system: You are a helpful assistant.
user:
Analyze the provided spectrum to determine if it is a **White Dwarf (WD)**.

A White Dwarf spectrum is defined by its **extreme purity** (due to gravitational settling) and/or **extreme pressure broadening** (due to high surface gravity). You must check for one of the following mutually exclusive signatures:

- **Key Visual Indicators (Check for ONE of these types):**

    - **1. DA-Type Signature (Most Common):**
        - **(Primary Feature):** Extreme pressure broadening (Stark broadening) of the **Hydrogen (H) Balmer lines**.
        - **(Key Lines):** $H\beta$ (approx. $4861$ Å) and $H\gamma$ (approx. $4340$ Å). $H\alpha$ (approx. $6563$ Å) will also be present if the wavelength range covers it.
        - **(Line Profile):** This is the **defining feature**. The lines are **NOT** sharp. They appear as massive, **extremely broad and deep "troughs" or "dips"** in the spectrum, often hundreds of Ångströms wide. The continuum will appear to "scoop" down at these wavelengths.
        - **(Distinction):** Normal A-type or B-type stars have *narrow* and *sharp* Hydrogen lines. A DA White Dwarf's lines are unmistakably "smeared" or "blurry" from pressure.

    - **2. DB-Type Signature:**
        - **(Primary Feature):** Broad absorption lines from **Neutral Helium (He I)**. The spectrum must lack any visible Hydrogen lines.
        - **(Key Lines):** Look for broad absorption near $4471$ Å, $4921$ Å, and $5876$ Å.
        - **(Line Profile):** These lines are also significantly pressure-broadened, appearing much wider than they would in a normal B-type main-sequence star.

    - **3. DC-Type Signature:**
        - **(Primary Feature):** A **featureless continuous spectrum**.
        - **(Line Profile):** The spectrum is a smooth curve with **no significant absorption or emission lines**.
        - **(Key Confirmation):** The continuum is almost always **blue or white**, indicating a hot object. This signature implies the atmosphere is so pure (or so cool) that no spectral lines are visible in the optical range. Its WD identity is confirmed by its extremely low intrinsic brightness (high absolute magnitude).

    - **4. DZ-Type Signature (Metal-Polluted):**
        - **(Primary Feature):** **Isolated, narrow metal absorption lines** on an otherwise featureless (DC-like) continuum.
        - **(Key Lines):** The **Calcium (Ca II) H & K doublet** (approx. **$3934$ Å** and **$3968$ Å**) is the most common and defining feature.
        - **(Line Profile):** These lines are "out of place." They are *not* part of a "forest" of thousands of lines. This signature is evidence of recent *accretion* (pollution) from rocky debris.
        - **(Distinction):** Normal G/K/M stars have a *dense forest* of thousands of metal lines. A DZ has a *clean* continuum with *only a few* strong metal lines.

    - **5. DQ-Type Signature (Carbon-Polluted):**
        - **(Primary Feature):** Absorption bands from **Carbon (C₂ "Swan Bands" or atomic C I)**.
        - **(Key Lines - C₂):** Look for bandheads with a "saw-tooth" shape near $5635$ Å, **$5165$ Å** (strongest), and $4737$ Å.
        - **(Key Confirmation):** The underlying **continuum must be blue or white** (hot).
        - **(Distinction):** This is the critical difference from a **Carbon Star**, which has the *exact same* C₂ bands but on an extremely **red, cool** continuum.

- **(Overall Spectrum):**
    - The continuum (overall shape) is typically **blue-sloping** (brighter in the blue than the red), as most white dwarfs are very hot.
    - The spectrum will look "pure" or "simple," dominated by only *one* of the five signatures listed above.

Think first, call **spectral_visualization_tool** if needed to examine features in detail, then provide your final answer. Your response must adhere to the following strict rules:
1.  **Overall Structure:** Your response must follow the format `<think>...</think> <tool_call>...</tool_call> (if a tool is used) <answer>...</answer>`.
2.  **Tool Usage Constraint:** You may only make **one** tool call per turn.
3.  **Final Answer Format:** In the `<answer>` tag, your conclusion must be inside a `\boxed{}` command (e.g., `\boxed{YES}` or `\boxed{NO}`), followed by your justification.

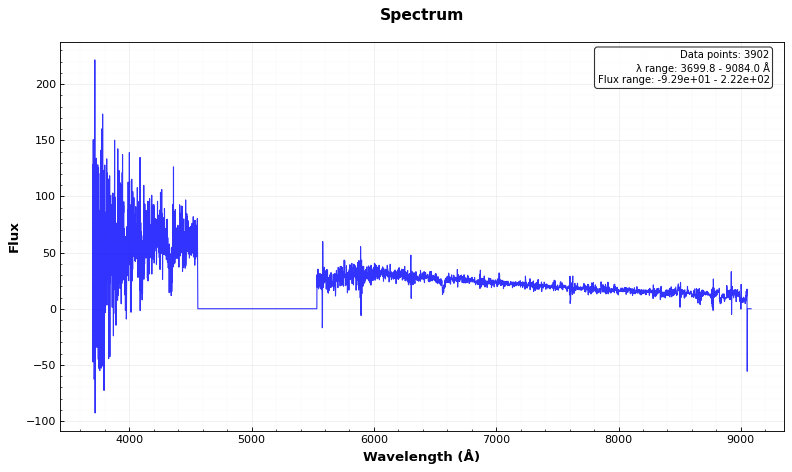
Answer: YES